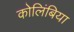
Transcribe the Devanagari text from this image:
कोलिंबिया